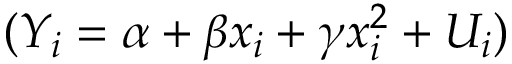
( Y _ { i } = \alpha + \beta x _ { i } + \gamma x _ { i } ^ { 2 } + U _ { i } )